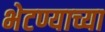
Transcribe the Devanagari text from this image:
भेटण्याच्या